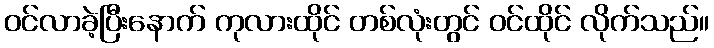
ဝင်လာခဲ့ပြီးနောက် ကုလားထိုင် တစ်လုံးတွင် ဝင်ထိုင် လိုက်သည်။